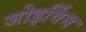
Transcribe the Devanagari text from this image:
जोइर्विन